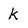
Character: k